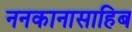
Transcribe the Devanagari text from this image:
ननकानासाहिब